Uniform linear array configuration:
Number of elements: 64
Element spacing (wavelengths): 0.5
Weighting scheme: blackman
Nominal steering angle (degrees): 30
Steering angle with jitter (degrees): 28.688
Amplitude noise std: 0.05
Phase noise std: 0.05

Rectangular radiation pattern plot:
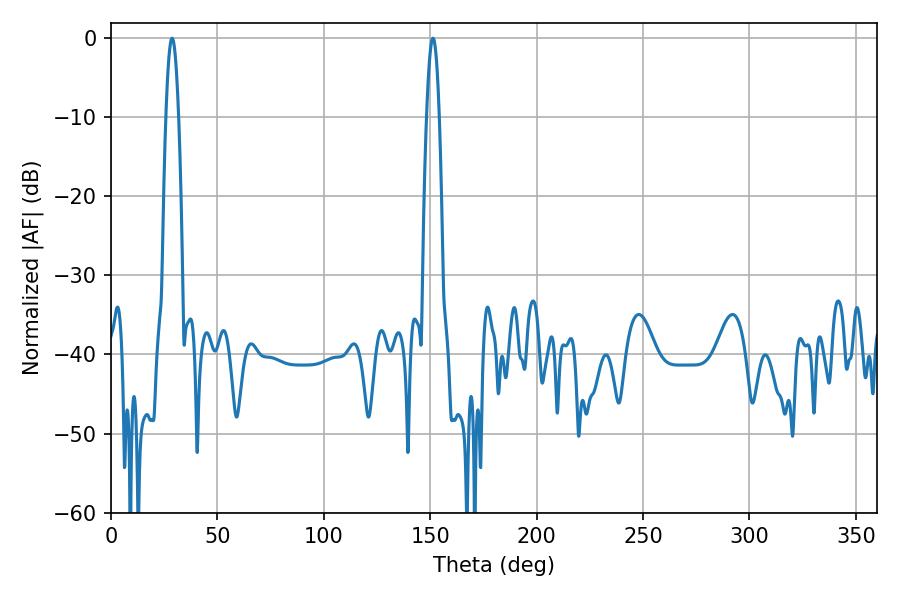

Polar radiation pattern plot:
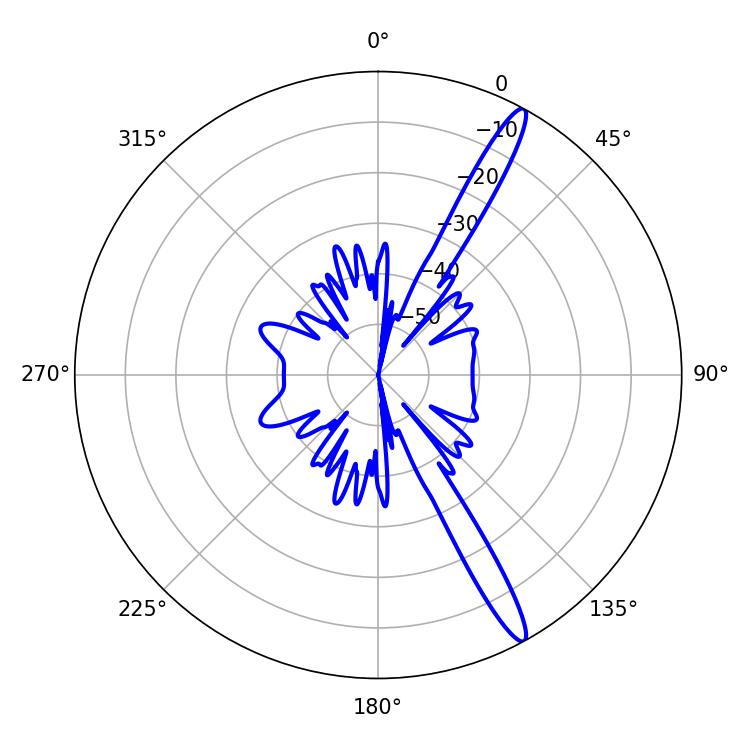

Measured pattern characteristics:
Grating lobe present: FALSE
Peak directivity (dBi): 15.234
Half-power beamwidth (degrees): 3.24
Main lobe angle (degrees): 151.38